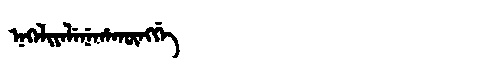
Manchu: ᠨᡝᡴᡝᠯᡳᠶᡝᠯᡝᠨᡝᡥᠠᡴᡡᠩᡤᡝ
Romanization: NEKELIYELENEHAKŪNGGE